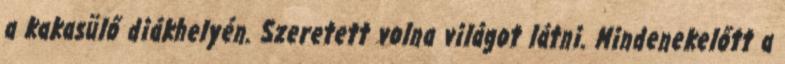
a kakasülő diákhelyén. Szeretett volna világot látni. Mindenekelőtt a